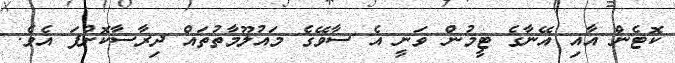
ކޮޓެން އާއި އޭނާގެ ޓީމުން ވަނީ އެ ސާވޭގެ މައުލޫމާތުތައް ދިރާސާކޮށްފަ އެވެ.